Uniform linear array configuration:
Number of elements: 16
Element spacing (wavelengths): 0.25
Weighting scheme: binomial
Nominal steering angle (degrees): -15
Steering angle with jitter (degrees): -14.871
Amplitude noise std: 0.05
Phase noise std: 0.05

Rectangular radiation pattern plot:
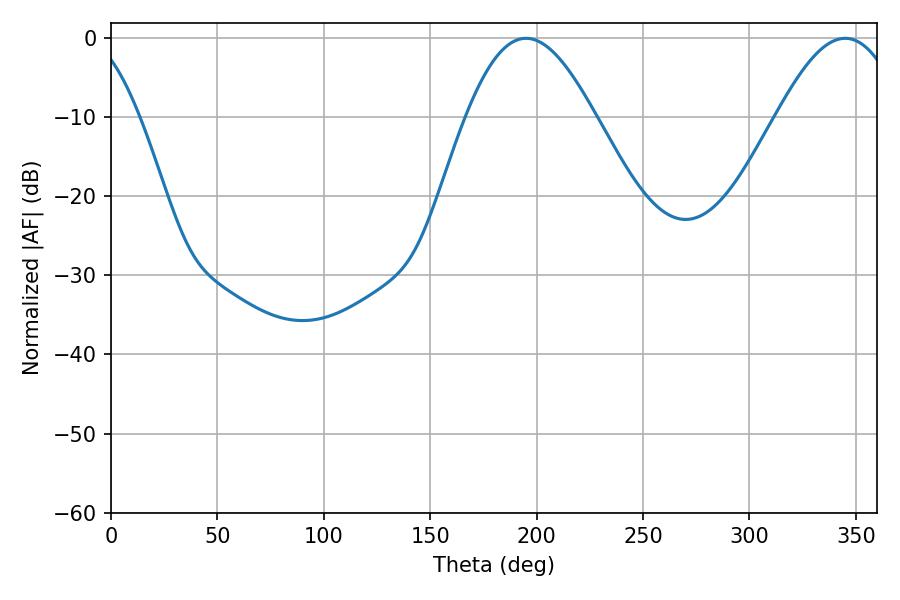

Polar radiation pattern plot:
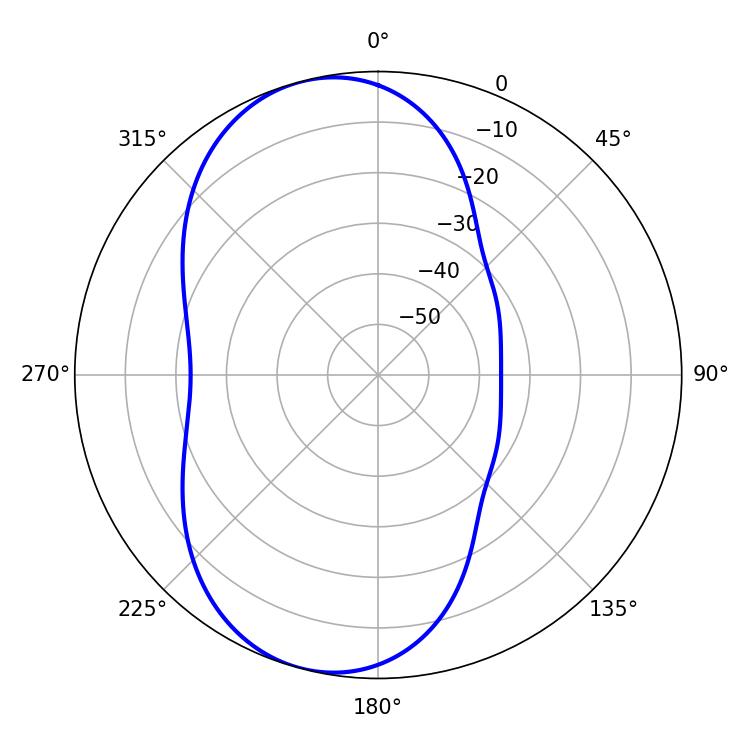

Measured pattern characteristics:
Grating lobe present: FALSE
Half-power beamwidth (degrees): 32.76
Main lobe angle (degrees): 194.94